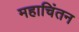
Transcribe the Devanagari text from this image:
महाचिंतन